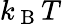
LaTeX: k_{\mathrm{~B~}}T